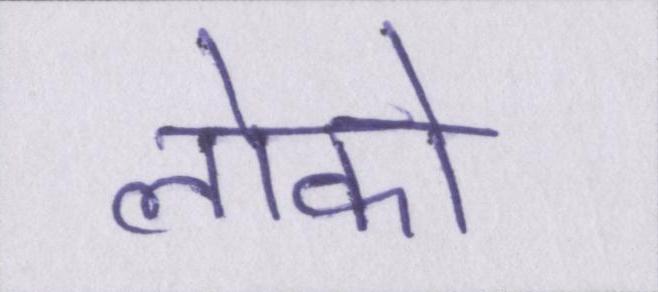
लोको